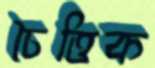
চৈত্তিক